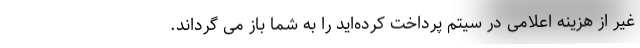
غیر از هزینه اعلامی در سیتم پرداخت کرده‌اید را به شما باز می گرداند.